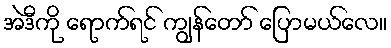
အဲဒီကို ရောက်ရင် ကျွန်တော် ပြောမယ်လေ။